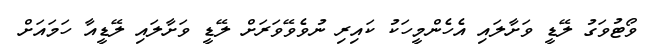
ވޯޓުވަގު ލޭޑީ ވަށާލައި އެހެންމީހަކު ކައިރި ނުވެވޭވަރަށް ލޭޑީ ވަށާލައި ލޭޑީއާ ހަމައަށް